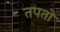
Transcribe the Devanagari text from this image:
तपतो